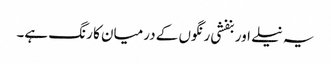
یہ نیلے اور بنفشی رنگوں کے درمیان کا رنگ ہے۔